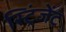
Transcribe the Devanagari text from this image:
स्ट्रिंजेंट